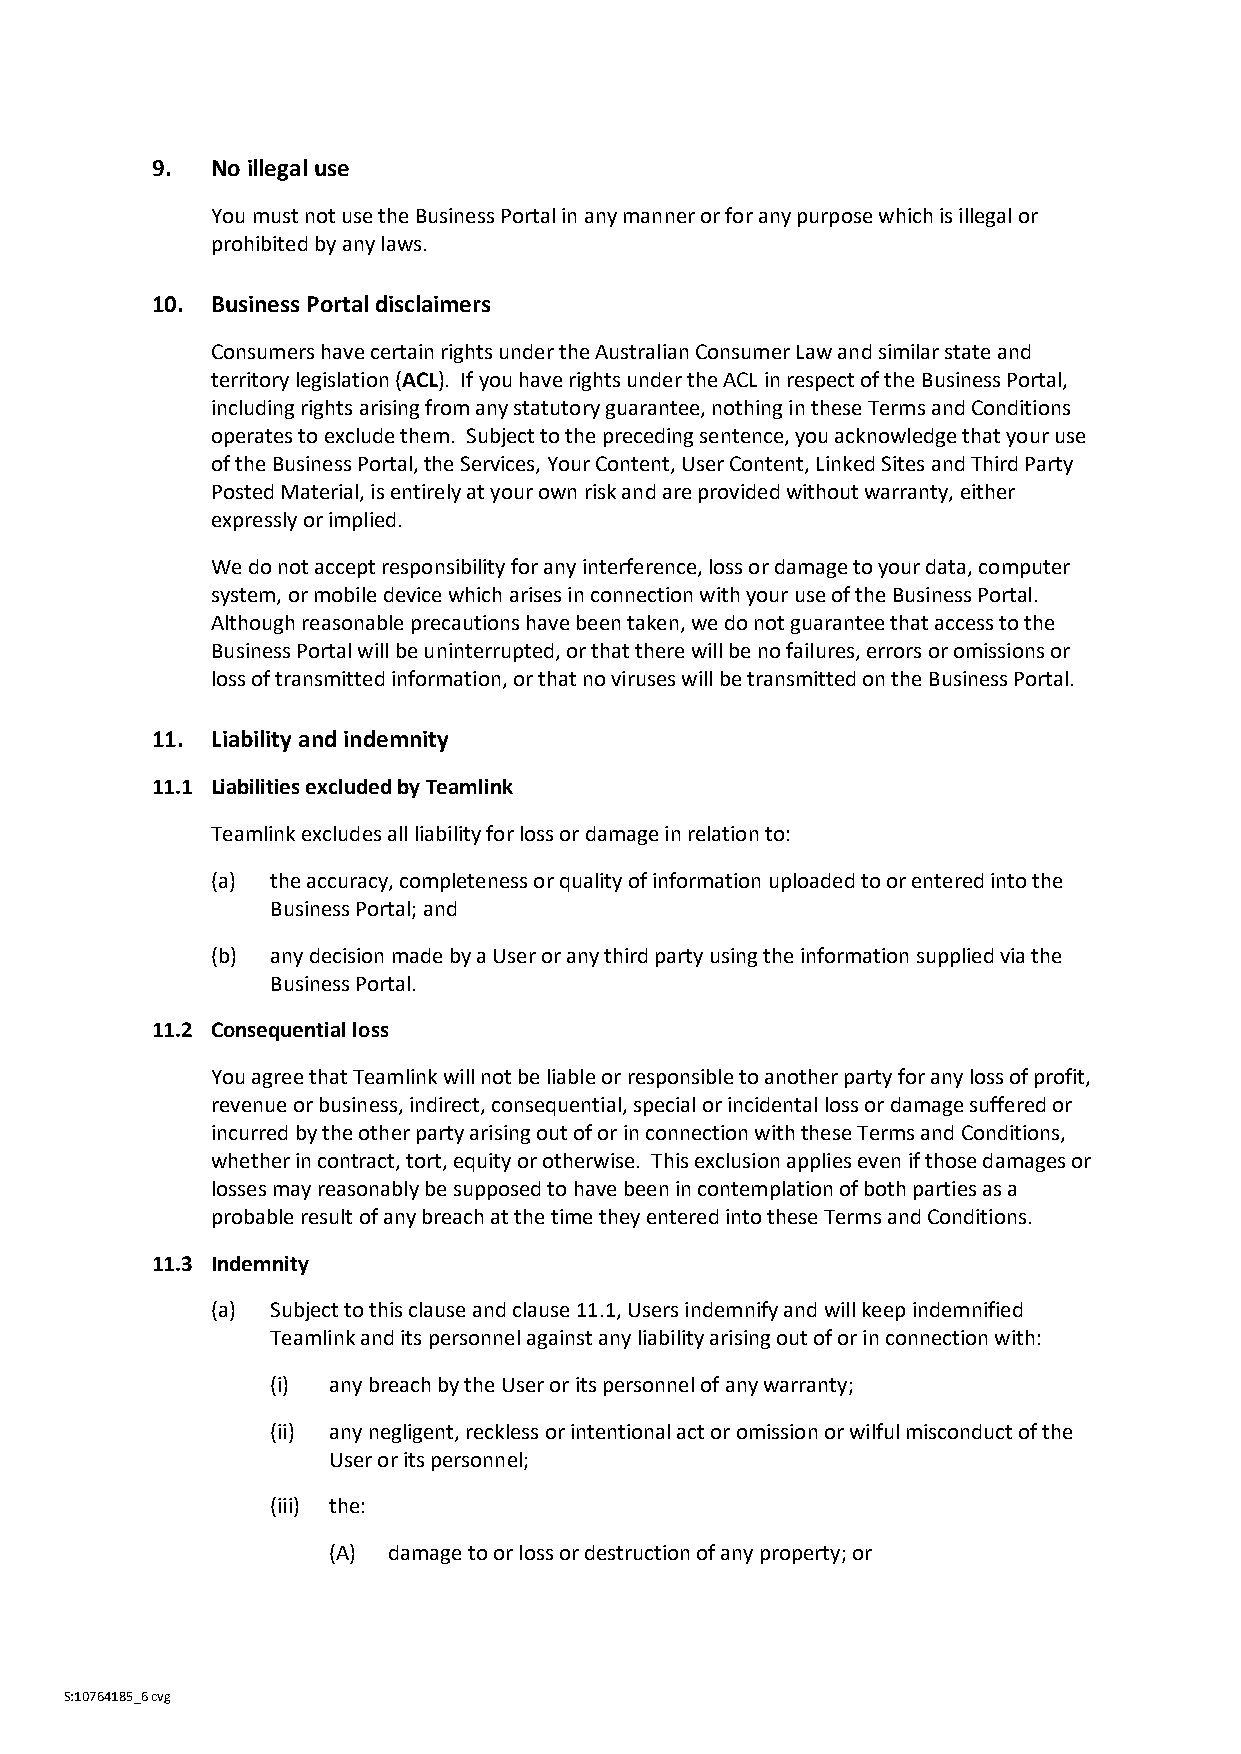
9.  No illegal use
 You must not use the Business Portal in any manner or for any purpose which is illegal or
 prohibited by any laws.
 10. Business Portal disclaimers
 Consumers have certain rights under the Australian Consumer Law and similar state and
 territory legislation (ACL). If you have rights under the ACL in respect of the Business Portal,
 including rights arising from any statutory guarantee, nothing in these Terms and Conditions
 operates to exclude them. Subject to the preceding sentence, you acknowledge that your use
 of the Business Portal, the Services, Your Content, User Content, Linked Sites and Third Party
 Posted Material, is entirely at your own risk and are provided without warranty, either
 expressly or implied.
 We do not accept responsibility for any interference, loss or damage to your data, computer
 system, or mobile device which arises in connection with your use of the Business Portal.
 Although reasonable precautions have been taken, we do not guarantee that access to the
 Business Portal will be uninterrupted, or that there will be no failures, errors or omissions or
 loss of transmitted information, or that no viruses will be transmitted on the Business Portal.
 11. Liability and indemnity
 11.1 Liabilities excluded by Teamlink
 Teamlink excludes all liability for loss or damage in relation to:
 (a) the accuracy, completeness or quality of information uploaded to or entered into the
 Business Portal; and
 (b) any decision made by a User or any third party using the information supplied via the
 Business Portal.
 11.2 Consequential loss
 You agree that Teamlink will not be liable or responsible to another party for any loss of profit,
 revenue or business, indirect, consequential, special or incidental loss or damage suffered or
 incurred by the other party arising out of or in connection with these Terms and Conditions,
 whether in contract, tort, equity or otherwise. This exclusion applies even if those damages or
 losses may reasonably be supposed to have been in contemplation of both parties as a
 probable result of any breach at the time they entered into these Terms and Conditions.
 11.3 Indemnity
 (a) Subject to this clause and clause 11.1, Users indemnify and will keep indemnified
 Teamlink and its personnel against any liability arising out of or in connection with:
 (i) any breach by the User or its personnel of any warranty;
 (ii) any negligent, reckless or intentional act or omission or wilful misconduct of the
 User or its personnel;
 (iii) the:
 (A) damage to or loss or destruction of any property; or
 S:10764185_6 cvg